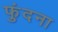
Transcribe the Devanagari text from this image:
फुंदना